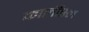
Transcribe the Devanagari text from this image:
कार्लीस्ल